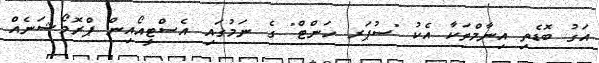
އަގު ބޮޑެތި އިނާމްތަކާ އެކު "ސުޕަރ ހަންޓް" ގެ ނަމުގައި އެސްޓީއޯއިން ޕްރޮމޯޝަނެއް